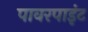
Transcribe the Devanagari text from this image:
पावरपाइंट